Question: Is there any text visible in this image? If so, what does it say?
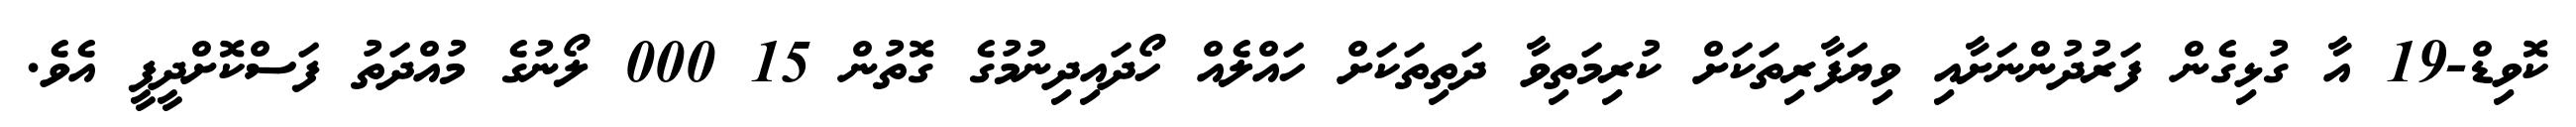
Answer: ކޮވިޑް-19 އާ ގުޅިގެން ފަރުދުންނަށާއި ވިޔަފާރިތަކަށް ކުރިމަތިވާ ދަތިތަކަށް ހައްލެއް ހޯދައިދިނުމުގެ ގޮތުން 15 000 ލޯނުގެ މުއްދަތު ފަސްކޮށްދީފީ އެވެ.